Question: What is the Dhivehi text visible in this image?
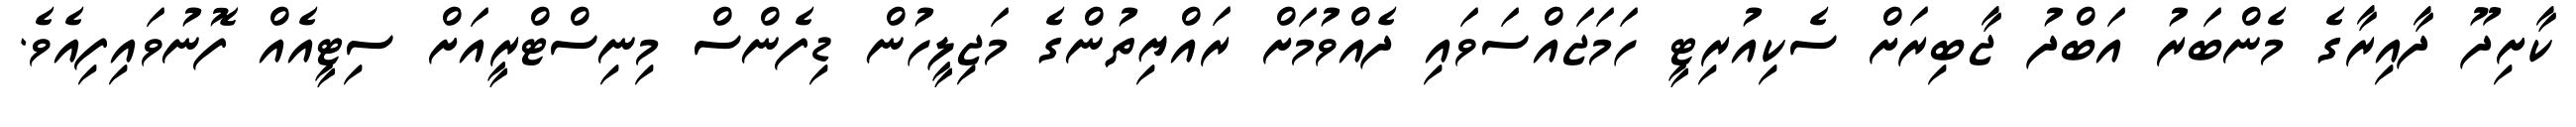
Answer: ކާށިދޫ ދާއިރާގެ މެންބަރު އަބްދު ޖާބިރަށް ސެކިއުރިޓީ ހަމަޖައްސަވައި ދެއްވުމަށް ރައްޔިތުންގެ މަޖިލީހުން ޑިފެންސް މިނިސްޓްރީއަށް ސިޓީއެއް ފޮނުވައިފިއެވެ.